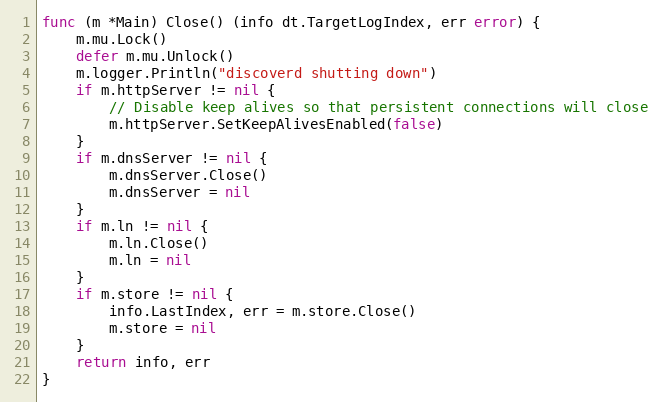
Language: Go
func (m *Main) Close() (info dt.TargetLogIndex, err error) {
	m.mu.Lock()
	defer m.mu.Unlock()
	m.logger.Println("discoverd shutting down")
	if m.httpServer != nil {
		// Disable keep alives so that persistent connections will close
		m.httpServer.SetKeepAlivesEnabled(false)
	}
	if m.dnsServer != nil {
		m.dnsServer.Close()
		m.dnsServer = nil
	}
	if m.ln != nil {
		m.ln.Close()
		m.ln = nil
	}
	if m.store != nil {
		info.LastIndex, err = m.store.Close()
		m.store = nil
	}
	return info, err
}